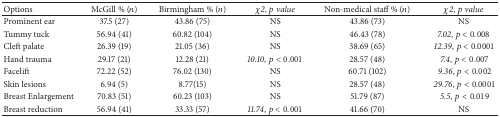
| Options | McGill % (n) | Birmingham % (n) | χ2, p value | Non-medical staff % (n) | χ2, p value |
 | --- | --- | --- | --- | --- | --- |
 | Prominent ear | 37.5 (27) | 43.86 (75) | NS | 43.86 (73) | NS |
 | Tummy tuck | 56.94 (41) | 60.82 (104) | NS | 46.43 (78) | 7.02, p < 0.008 |
 | Cleft palate | 26.39 (19) | 21.05 (36) | NS | 38.69 (65) | 12.39, p < 0.0001 |
 | Hand trauma | 29.17 (21) | 12.28 (21) | 10.10, p < 0.001 | 28.57 (48) | 7.4, p < 0.007 |
 | Facelift | 72.22 (52) | 76.02 (130) | NS | 60.71 (102) | 9.36, p < 0.002 |
 | Skin lesions | 6.94 (5) | 8.77(15) | NS | 28.57 (48) | 29.76, p < 0.0001 |
 | Breast Enlargement | 70.83 (51) | 60.23 (103) | NS | 51.79 (87) | 5.5, p < 0.019 |
 | Breast reduction | 56.94 (41) | 33.33 (57) | 11.74, p < 0.001 | 41.66 (70) | NS |